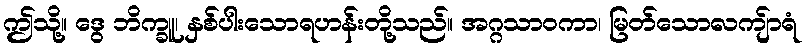
ဤသို့။ ဒွေ ဘိက္ခူ၊ နှစ်ပါးသောရဟန်းတို့သည်။ အဂ္ဂသာဝကာ၊ မြတ်သောလကျ်ာရံ